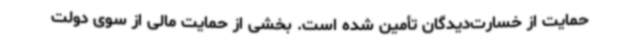
حمایت از خسارت‌دیدگان تأمین شده است. بخشی از حمایت مالی از سوی دولت